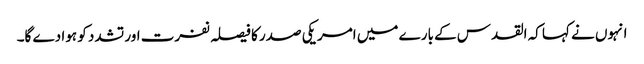
انہوں نے کہا کہ القدس کے بارے میں امریکی صدر کا فیصلہ نفرت اور تشدد کو ہوا دے گا۔